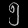
Digit: ၅